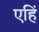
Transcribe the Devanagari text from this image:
एहिं